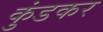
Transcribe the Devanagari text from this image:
कुंडकर